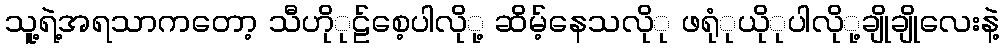
သူ့ရဲ့အရသာကတော့ သီဟိုုဠ်စေ့ပါလိုု့ ဆိမ့်နေသလိုု ဖရုုံယိုုပါလိုု့ချိုချိုလေးနဲ့